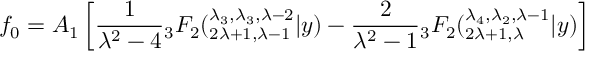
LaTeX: f _ { 0 } = A _ { 1 } \left[ \frac { 1 } { \lambda ^ { 2 } - 4 } { } _ { 3 } F _ { 2 } ( _ { 2 \lambda + 1 , \lambda - 1 } ^ { \lambda _ { 3 } , \lambda _ { 3 } , \lambda - 2 } | y ) - \frac { 2 } { \lambda ^ { 2 } - 1 } { } _ { 3 } F _ { 2 } ( _ { 2 \lambda + 1 , \lambda } ^ { \lambda _ { 4 } , \lambda _ { 2 } , \lambda - 1 } | y ) \right]